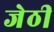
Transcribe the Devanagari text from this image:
जेठी